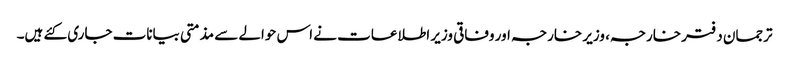
ترجمان دفتر خارجہ، وزیر خارجہ اور وفاقی وزیر اطلاعات نے اس حوالے سے مذمتی بیانات جاری کئے ہیں۔